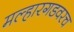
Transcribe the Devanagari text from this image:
मल्हारगडवरच